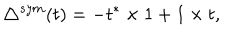
\triangle ^ { s y m } ( t ) = - t ^ { * } \times 1 + 1 \times t ,